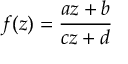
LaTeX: f ( z ) = { \frac { a z + b } { c z + d } }